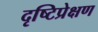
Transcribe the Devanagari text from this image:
दृष्टिप्रेक्षण